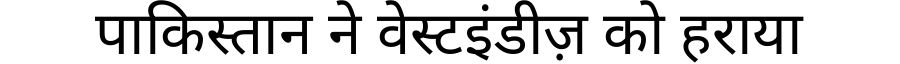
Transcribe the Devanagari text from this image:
पाकिस्तान ने वेस्टइंडीज़ को हराया